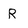
Character: R